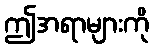
ဤအရာများကို